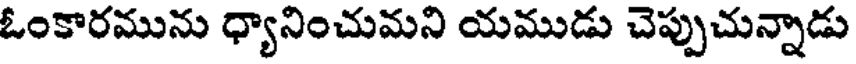
ఓంకారమును ధ్యానించుమని యముడు చెప్పుచున్నాడు